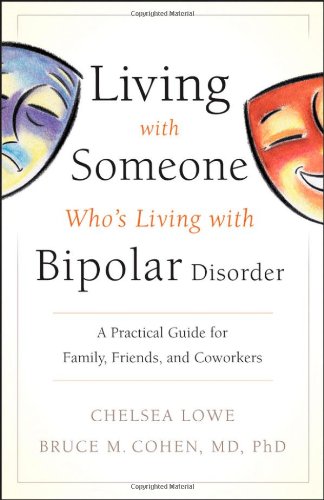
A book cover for Living With Someone Who's Living With Bipolar Disorder: A Practical Guide for Family, Friends, and Coworkers; Chelsea Lowe; Health, Fitness & Dieting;